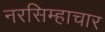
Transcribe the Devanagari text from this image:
नरसिम्हाचार